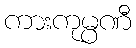
ကားကုမ္ပဏီ